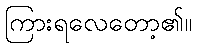
ကြားရလေတော့၏။